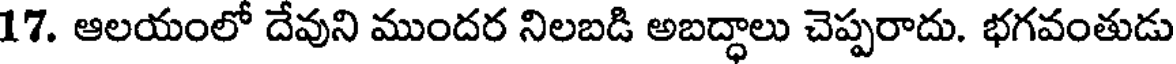
17. ఆలయంలో దేవుని ముందర నిలబడి అబద్ధాలు చెప్పరాదు. భగవంతుడు